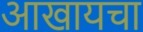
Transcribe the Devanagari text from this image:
आखायचा